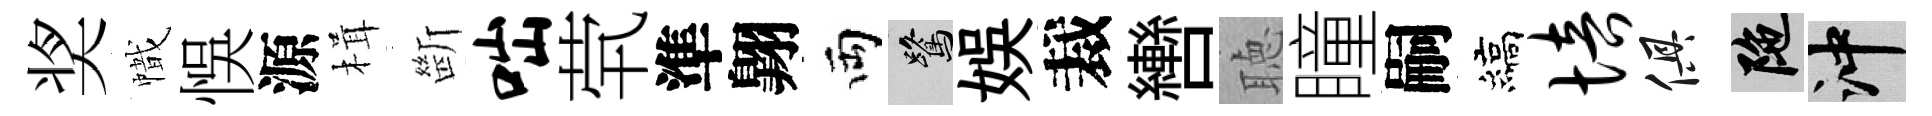
奖幟悞源楫㫁咄茕準翺両鷺娱裁轡聴瞳嗣縞培俱陀冲